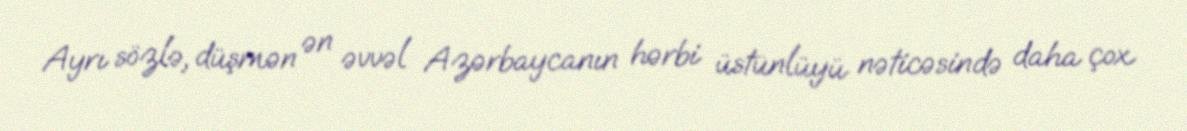
Ayrı sözlə, düşmən ən əvvəl Azərbaycanın hərbi üstünlüyü nəticəsində daha çox